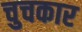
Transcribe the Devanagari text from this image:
चुचकार